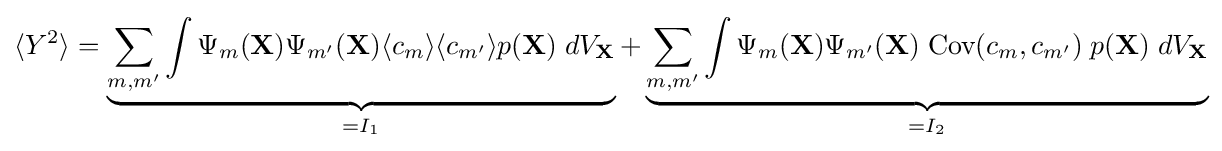
\langle Y^{2}\rangle =\underbrace {\sum _{m,m'}\int \Psi _{m}(\mathbf {X} )\Psi _{m'}(\mathbf {X} )\langle c_{m}\rangle \langle c_{m'}\rangle p(\mathbf {X} )\;dV_{\mathbf {X} }} _{=I_{1}}+\underbrace {\sum _{m,m'}\int \Psi _{m}(\mathbf {X} )\Psi _{m'}(\mathbf {X} )\;{\text{Cov}}(c_{m},c_{m'})\;p(\mathbf {X} )\;dV_{\mathbf {X} }} _{=I_{2}}